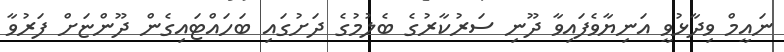
ނައީމް ވިދާޅުވީ އަނިޔާވެފައިވާ ދޫނި ސަރުކާރުގެ ބެލުމުގެ ދަށުގައި ބަހައްޓައިގެން ދޫންޏަށް ފަރުވާ